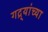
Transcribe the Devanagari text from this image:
गद्र्‍यांच्या